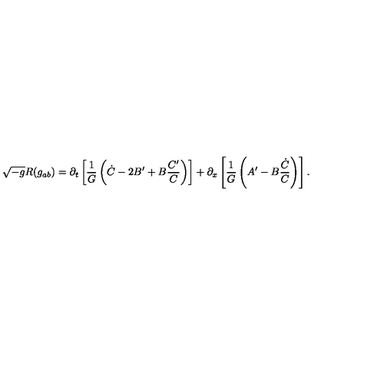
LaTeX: \sqrt { - g } R ( g _ { a b } ) = \partial _ { t } \left[ \frac { 1 } { G } \left( \dot { C } - 2 B ^ { \prime } + B \frac { C ^ { \prime } } { C } \right) \right] + \partial _ { x } \left[ \frac { 1 } { { G } } \left( A ^ { \prime } - B \frac { \dot { C } } { C } \right) \right] .